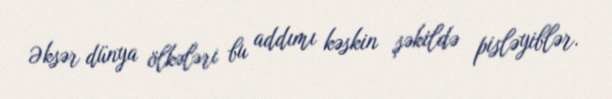
Əksər dünya ölkələri bu addımı kəskin şəkildə pisləyiblər.